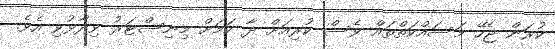
ކުރަން ޖެހޭ މަސައްކަތްތައް ވެސް ކުރިއަށް ދާ ކަމަށް މިނިސްޓަރު ވިދާޅުވި އެވެ.